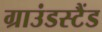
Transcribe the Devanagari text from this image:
ग्राउंडस्टैंड